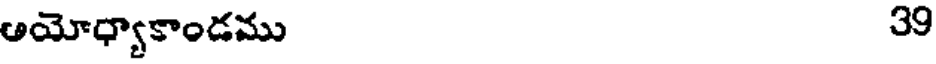
అయోధ్యాకాండము 39